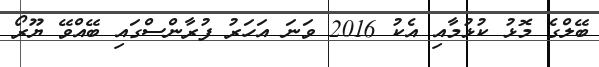
ބޭލްގެ މޮޅު ކުޅުމާއި އެކު 2016 ވަނަ އަހަރު ފުރާންސްގައި ބޭއްވޭ ޔޫރޯ